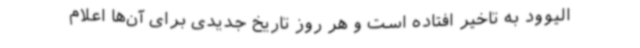
الیوود به تاخیر افتاده است و هر روز تاریخ جدیدی برای آن‌ها اعلام